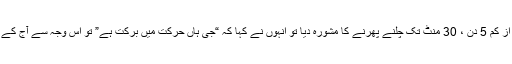
سب مریضوں کی طرح میں نے انہیں بھی ہفتے میں کم از کم 5 دن ، 30 منٹ تک چلنے پھرنے کا مشورہ دیا تو انہوں نے کہا کہ “جی ہاں حرکت میں برکت ہے” تو اس وجہ سے آج کے پیپر کا نام بھی یہی رکھا ہے کہ حرکت میں برکت ہے۔